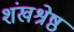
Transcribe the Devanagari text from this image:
शंखश्रेष्ठ